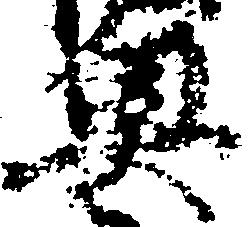
奥